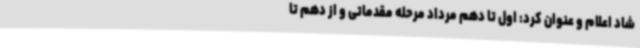
شاد اعلام و عنوان کرد: اول تا دهم مرداد مرحله مقدماتی و از دهم تا